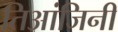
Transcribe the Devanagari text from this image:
तिआंजिनी